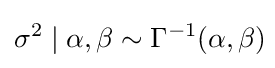
\sigma ^{2}\mid \alpha ,\beta \sim \Gamma ^{-1}(\alpha ,\beta )\!